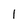
Character: l